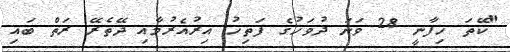
"ކޭތަ ހިފާނީ 28 ވަނަ ދުވަހުގެ ފަތިހު އިރުއެރުމާއި ދޭތެރޭ ރަތް ބައި